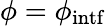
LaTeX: \phi=\phi_{\mathrm{intf}}